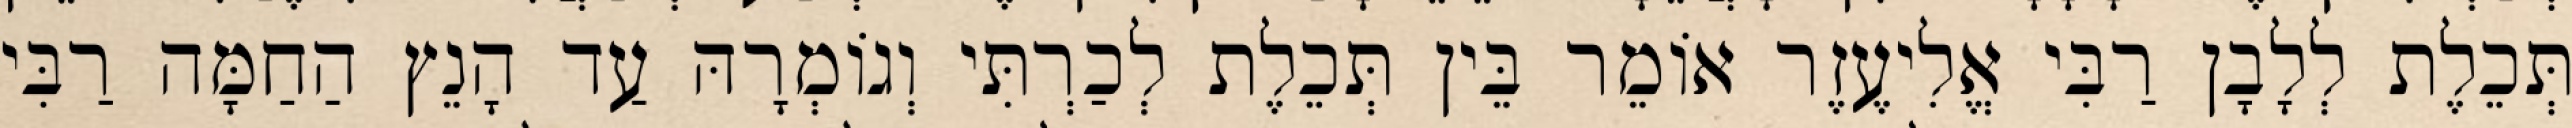
תְּכֵלֶת לְלָבָן רַבִּי אֱלִיעֶזֶר אוֹמֵר בֵּין תְּכֵלֶת לְכַרְתִּי וְגוֹמְרָהּ עַד הָנֵץ הַחַמָּה רַבִּי